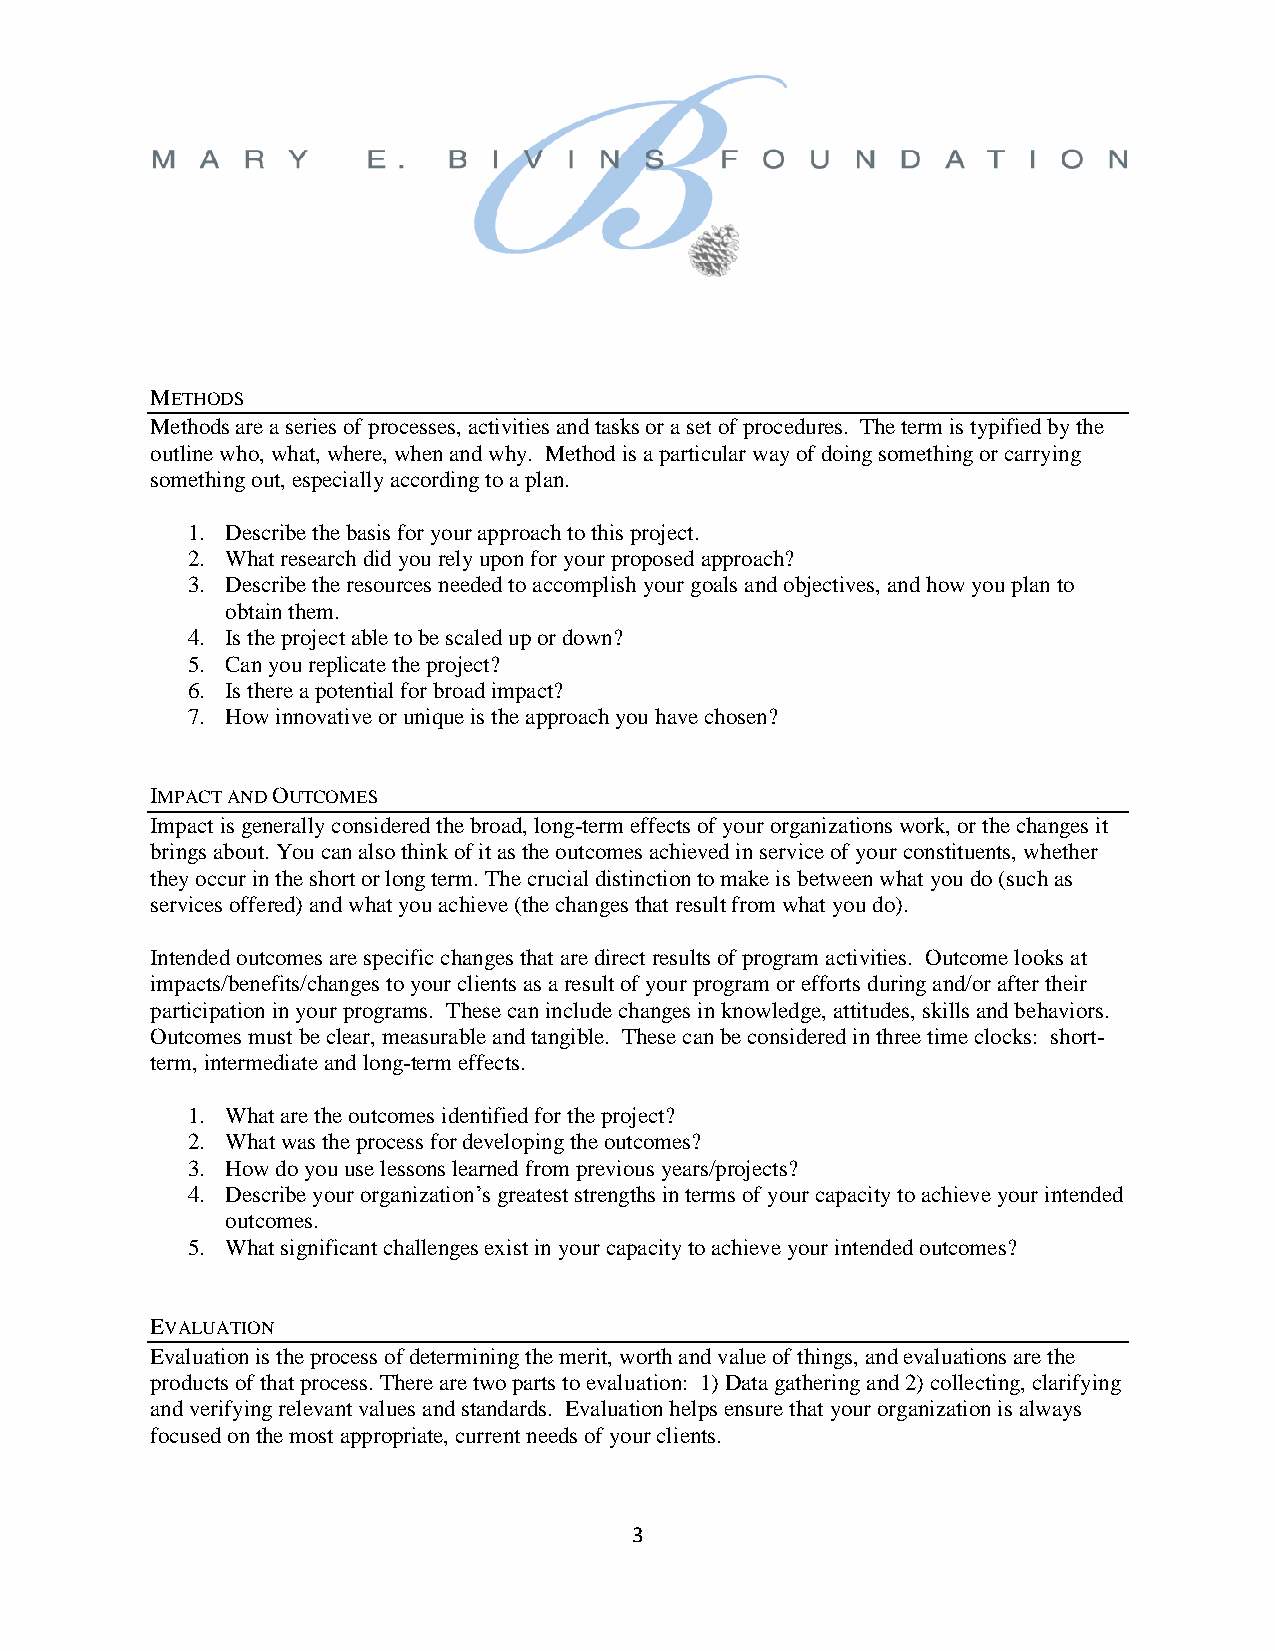
METHODS
 Methods are a series of processes, activities and tasks or a set of procedures. The term is typified by the
 outline who, what, where, when and why. Method is a particular way of doing something or carrying
 something out, especially according to a plan.
 1. Describe the basis for your approach to this project.
 2. What research did you rely upon for your proposed approach?
 3. Describe the resources needed to accomplish your goals and objectives, and how you plan to
 obtain them.
 4. Is the project able to be scaled up or down?
 5. Can you replicate the project?
 6. Is there a potential for broad impact?
 7. How innovative or unique is the approach you have chosen?
 IMPACT AND OUTCOMES
 Impact is generally considered the broad, long-term effects of your organizations work, or the changes it
 brings about. You can also think of it as the outcomes achieved in service of your constituents, whether
 they occur in the short or long term. The crucial distinction to make is between what you do (such as
 services offered) and what you achieve (the changes that result from what you do).
 Intended outcomes are specific changes that are direct results of program activities. Outcome looks at
 impacts/benefits/changes to your clients as a result of your program or efforts during and/or after their
 participation in your programs. These can include changes in knowledge, attitudes, skills and behaviors.
 Outcomes must be clear, measurable and tangible. These can be considered in three time clocks: short-
 term, intermediate and long-term effects.
 1. What are the outcomes identified for the project?
 2. What was the process for developing the outcomes?
 3. How do you use lessons learned from previous years/projects?
 4. Describe your organization’s greatest strengths in terms of your capacity to achieve your intended
 outcomes.
 5. What significant challenges exist in your capacity to achieve your intended outcomes?
 EVALUATION
 Evaluation is the process of determining the merit, worth and value of things, and evaluations are the
 products of that process. There are two parts to evaluation: 1) Data gathering and 2) collecting, clarifying
 and verifying relevant values and standards. Evaluation helps ensure that your organization is always
 focused on the most appropriate, current needs of your clients.
 3